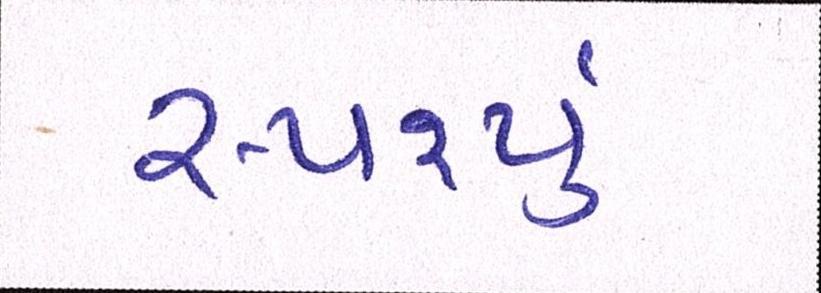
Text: સ્પર્શ્યું